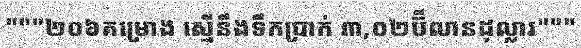
"""២០៦គម្រោង ស្មើនឹងទឹកប្រាក់ ៣,០២ប៊ីលានដុល្លារ"""